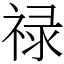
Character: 禄